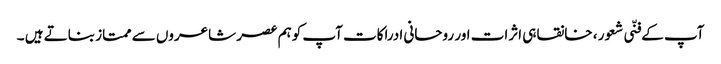
آپ کے فنّی شعور ، خانقاہی اثرات اور روحانی ادراکات آپ کوہم عصر شاعروں سے ممتاز بناتے ہیں ۔